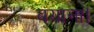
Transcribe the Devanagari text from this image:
बयाना।